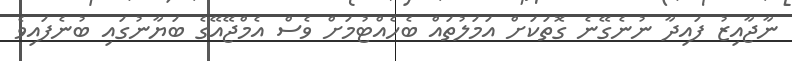
ނާޖާއިޒު ފައިދާ ނުނެގޭނެ ގޮތަކަށް އަމަލުތައް ބެހެއްޓުމަށް ވެސް އެމްޖޭއޭގެ ބަޔާނުގައި ބުނެފައިވެ